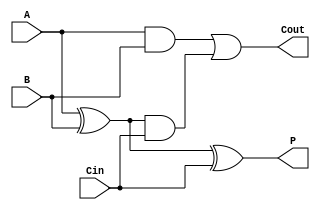
module full_adder (
    input A, B, Cin,
    output Cout, P
);
    wire w1, w2, w3;
    xor(w1, A, B);
    xor(P, w1, Cin);
    and(w2, A, B);
    and(w3, w1, Cin);
    or(Cout, w2, w3);
endmodule